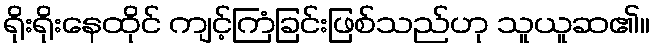
ရိုးရိုးနေထိုင် ကျင့်ကြံခြင်းဖြစ်သည်ဟု သူယူဆ၏။